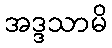
အဒ္ဒသာမိ